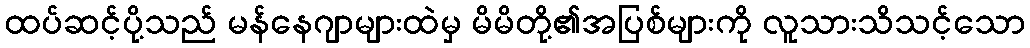
ထပ်ဆင့်ပို့သည် မန်နေဂျာများထဲမှ မိမိတို့၏အပြစ်များကို လူသားသိသင့်သော